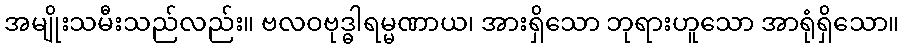
အမျိုးသမီးသည်လည်း။ ဗလဝဗုဒ္ဓါရမ္မဏာယ၊ အားရှိသော ဘုရားဟူသော အာရုံရှိသော။